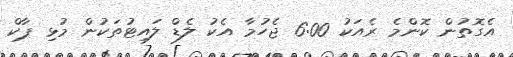
އެގޮތުން ކޮންމެ ރެއަކު 6:00 ޖެހުމާ އެކު ލެޑް ލައިޓުތަކުން މުޅި ޕާކް